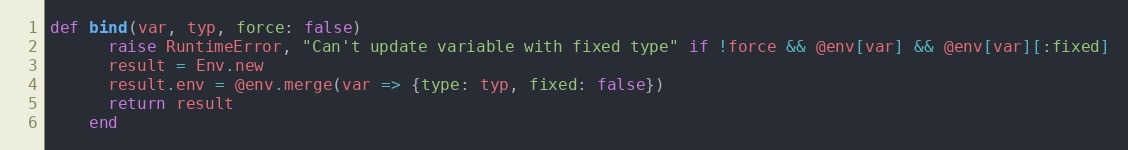
Language: Ruby
def bind(var, typ, force: false)
      raise RuntimeError, "Can't update variable with fixed type" if !force && @env[var] && @env[var][:fixed]
      result = Env.new
      result.env = @env.merge(var => {type: typ, fixed: false})
      return result
    end